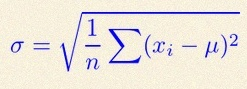
\sigma=\sqrt{\frac1n\sum(x_i-\mu)^2}